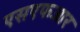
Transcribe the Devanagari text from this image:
एसएफआर